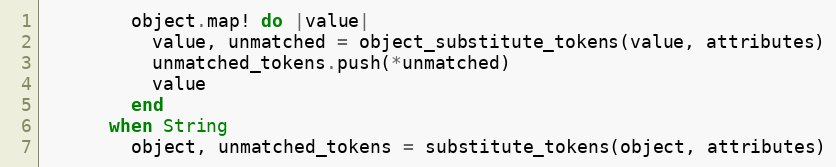
Language: Ruby
        object.map! do |value|
          value, unmatched = object_substitute_tokens(value, attributes)
          unmatched_tokens.push(*unmatched)
          value
        end
      when String
        object, unmatched_tokens = substitute_tokens(object, attributes)